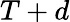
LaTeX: T+d